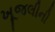
ખૂજલીની